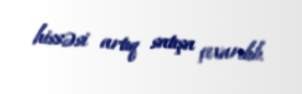
hissəsi artıq satışa çıxarılıb.